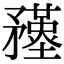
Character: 𥎚